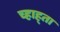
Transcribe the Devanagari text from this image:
च्हाह्ता